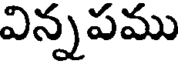
విన్నపము